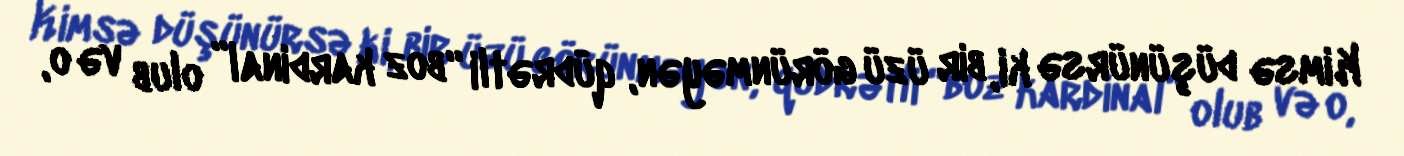
Kimsə düşünürsə ki, bir üzü görünməyən, qüdrətli “boz kardinal” olub və o,